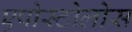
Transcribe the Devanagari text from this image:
एपोस्टोलोस